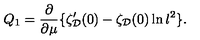
Q _ { 1 } = \frac { \partial } { \partial \mu } \{ \zeta _ { \cal D } ^ { \prime } ( 0 ) - \zeta _ { \cal D } ( 0 ) \ln l ^ { 2 } \} .